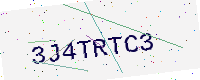
Text: 3J4TRTC3